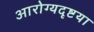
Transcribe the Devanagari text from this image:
आरोग्यदृष्टया